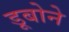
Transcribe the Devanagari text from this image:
डूबोने